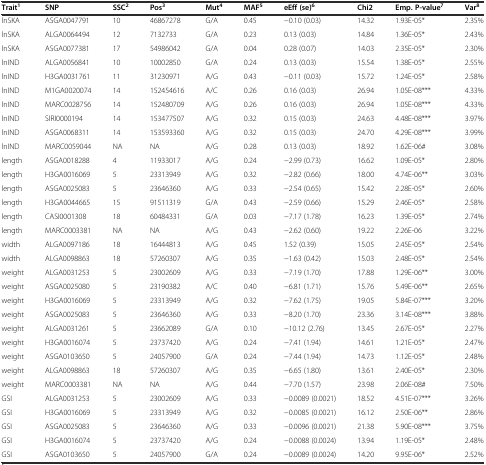
<table><thead><tr><td><b>Trait<sup>1</sup></b></td><td><b>SNP</b></td><td><b>SSC<sup>2</sup></b></td><td><b>Pos<sup>3</sup></b></td><td><b>Mut<sup>4</sup></b></td><td><b>MAF<sup>5</sup></b></td><td><b>eEff (se)<sup>6</sup></b></td><td><b>Chi2</b></td><td><b>Emp. P-value<sup>7</sup></b></td><td><b>Var<sup>8</sup></b></td></tr></thead><tbody><tr><td>lnSKA</td><td>ASGA0047791</td><td>10</td><td>46867278</td><td>G/A</td><td>0.45</td><td>−0.10 (0.03)</td><td>14.32</td><td>1.93E-05*</td><td>2.35%</td></tr><tr><td>lnSKA</td><td>ALGA0064494</td><td>12</td><td>7132733</td><td>G/A</td><td>0.23</td><td>0.13 (0.03)</td><td>14.84</td><td>1.36E-05*</td><td>2.43%</td></tr><tr><td>lnSKA</td><td>ASGA0077381</td><td>17</td><td>54986042</td><td>G/A</td><td>0.04</td><td>0.28 (0.07)</td><td>14.03</td><td>2.35E-05*</td><td>2.30%</td></tr><tr><td>lnIND</td><td>ALGA0056841</td><td>10</td><td>10002850</td><td>G/A</td><td>0.24</td><td>0.13 (0.03)</td><td>15.54</td><td>1.38E-05*</td><td>2.55%</td></tr><tr><td>lnIND</td><td>H3GA0031761</td><td>11</td><td>31230971</td><td>A/G</td><td>0.43</td><td>−0.11 (0.03)</td><td>15.72</td><td>1.24E-05*</td><td>2.58%</td></tr><tr><td>lnIND</td><td>M1GA0020074</td><td>14</td><td>152454616</td><td>A/C</td><td>0.26</td><td>0.16 (0.03)</td><td>26.94</td><td>1.05E-08***</td><td>4.33%</td></tr><tr><td>lnIND</td><td>MARC0028756</td><td>14</td><td>152480709</td><td>A/G</td><td>0.26</td><td>0.16 (0.03)</td><td>26.94</td><td>1.05E-08***</td><td>4.33%</td></tr><tr><td>lnIND</td><td>SIRI0000194</td><td>14</td><td>153477507</td><td>A/G</td><td>0.32</td><td>0.15 (0.03)</td><td>24.63</td><td>4.48E-08***</td><td>3.97%</td></tr><tr><td>lnIND</td><td>ASGA0068311</td><td>14</td><td>153593360</td><td>A/G</td><td>0.32</td><td>0.15 (0.03)</td><td>24.70</td><td>4.29E-08***</td><td>3.99%</td></tr><tr><td>lnIND</td><td>MARC0059044</td><td>NA</td><td>NA</td><td>A/G</td><td>0.28</td><td>0.13 (0.03)</td><td>18.92</td><td>1.62E-06#</td><td>3.08%</td></tr><tr><td>length</td><td>ASGA0018288</td><td>4</td><td>11933017</td><td>A/G</td><td>0.24</td><td>−2.99 (0.73)</td><td>16.62</td><td>1.09E-05*</td><td>2.80%</td></tr><tr><td>length</td><td>H3GA0016069</td><td>5</td><td>23313949</td><td>A/G</td><td>0.32</td><td>−2.82 (0.66)</td><td>18.00</td><td>4.74E-06**</td><td>3.03%</td></tr><tr><td>length</td><td>ASGA0025083</td><td>5</td><td>23646360</td><td>A/G</td><td>0.33</td><td>−2.54 (0.65)</td><td>15.42</td><td>2.28E-05*</td><td>2.60%</td></tr><tr><td>length</td><td>H3GA0044665</td><td>15</td><td>91511319</td><td>G/A</td><td>0.43</td><td>−2.59 (0.66)</td><td>15.29</td><td>2.46E-05*</td><td>2.58%</td></tr><tr><td>length</td><td>CASI0001308</td><td>18</td><td>60484331</td><td>G/A</td><td>0.03</td><td>−7.17 (1.78)</td><td>16.23</td><td>1.39E-05*</td><td>2.74%</td></tr><tr><td>length</td><td>MARC0003381</td><td>NA</td><td>NA</td><td>A/G</td><td>0.43</td><td>−2.62 (0.60)</td><td>19.22</td><td>2.26E-06</td><td>3.22%</td></tr><tr><td>width</td><td>ALGA0097186</td><td>18</td><td>16444813</td><td>A/G</td><td>0.45</td><td>1.52 (0.39)</td><td>15.05</td><td>2.45E-05*</td><td>2.54%</td></tr><tr><td>width</td><td>ALGA0098863</td><td>18</td><td>57260307</td><td>A/G</td><td>0.35</td><td>−1.63 (0.42)</td><td>15.03</td><td>2.48E-05*</td><td>2.54%</td></tr><tr><td>weight</td><td>ALGA0031253</td><td>5</td><td>23002609</td><td>A/G</td><td>0.33</td><td>−7.19 (1.70)</td><td>17.88</td><td>1.29E-06**</td><td>3.00%</td></tr><tr><td>weight</td><td>ASGA0025080</td><td>5</td><td>23190382</td><td>A/C</td><td>0.40</td><td>−6.81 (1.71)</td><td>15.76</td><td>5.49E-06**</td><td>2.65%</td></tr><tr><td>weight</td><td>H3GA0016069</td><td>5</td><td>23313949</td><td>A/G</td><td>0.32</td><td>−7.62 (1.75)</td><td>19.05</td><td>5.84E-07***</td><td>3.20%</td></tr><tr><td>weight</td><td>ASGA0025083</td><td>5</td><td>23646360</td><td>A/G</td><td>0.33</td><td>−8.20 (1.70)</td><td>23.36</td><td>3.14E-08***</td><td>3.88%</td></tr><tr><td>weight</td><td>ALGA0031261</td><td>5</td><td>23662089</td><td>G/A</td><td>0.10</td><td>−10.12 (2.76)</td><td>13.45</td><td>2.67E-05*</td><td>2.27%</td></tr><tr><td>weight</td><td>H3GA0016074</td><td>5</td><td>23737420</td><td>A/G</td><td>0.24</td><td>−7.41 (1.94)</td><td>14.61</td><td>1.21E-05*</td><td>2.47%</td></tr><tr><td>weight</td><td>ASGA0103650</td><td>5</td><td>24057900</td><td>G/A</td><td>0.24</td><td>−7.44 (1.94)</td><td>14.73</td><td>1.12E-05*</td><td>2.48%</td></tr><tr><td>weight</td><td>ALGA0098863</td><td>18</td><td>57260307</td><td>A/G</td><td>0.35</td><td>−6.65 (1.80)</td><td>13.61</td><td>2.40E-05*</td><td>2.30%</td></tr><tr><td>weight</td><td>MARC0003381</td><td>NA</td><td>NA</td><td>A/G</td><td>0.44</td><td>−7.70 (1.57)</td><td>23.98</td><td>2.06E-08#</td><td>7.50%</td></tr><tr><td>GSI</td><td>ALGA0031253</td><td>5</td><td>23002609</td><td>A/G</td><td>0.33</td><td>−0.0089 (0.0021)</td><td>18.52</td><td>4.51E-07***</td><td>3.26%</td></tr><tr><td>GSI</td><td>H3GA0016069</td><td>5</td><td>23313949</td><td>A/G</td><td>0.32</td><td>−0.0085 (0.0021)</td><td>16.12</td><td>2.50E-06**</td><td>2.86%</td></tr><tr><td>GSI</td><td>ASGA0025083</td><td>5</td><td>23646360</td><td>A/G</td><td>0.33</td><td>−0.0096 (0.0021)</td><td>21.38</td><td>5.90E-08***</td><td>3.75%</td></tr><tr><td>GSI</td><td>H3GA0016074</td><td>5</td><td>23737420</td><td>A/G</td><td>0.24</td><td>−0.0088 (0.0024)</td><td>13.94</td><td>1.19E-05*</td><td>2.48%</td></tr><tr><td>GSI</td><td>ASGA0103650</td><td>5</td><td>24057900</td><td>G/A</td><td>0.24</td><td>−0.0089 (0.0024)</td><td>14.20</td><td>9.95E-06*</td><td>2.52%</td></tr></tbody></table>